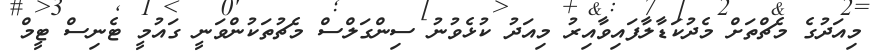
މިއަދުގެ މެޗްތަށް މެދުކަޑާލާފައިވާއިރު މިއަދު ކުޅެވުނު ސިންގަލްސް މެޗުތަކުންވަނީ ގައުމީ ޓެނިސް ޓީމް